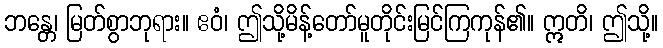
ဘန္တေ၊ မြတ်စွာဘုရား။ ဧဝံ၊ ဤသို့မိန့်တော်မူတိုင်းမြင်ကြကုန်၏။ ဣတိ၊ ဤသို့။